Lunatic asylums in Bengal annual reports 1888-1898 - 1888-1898
Year: 1888
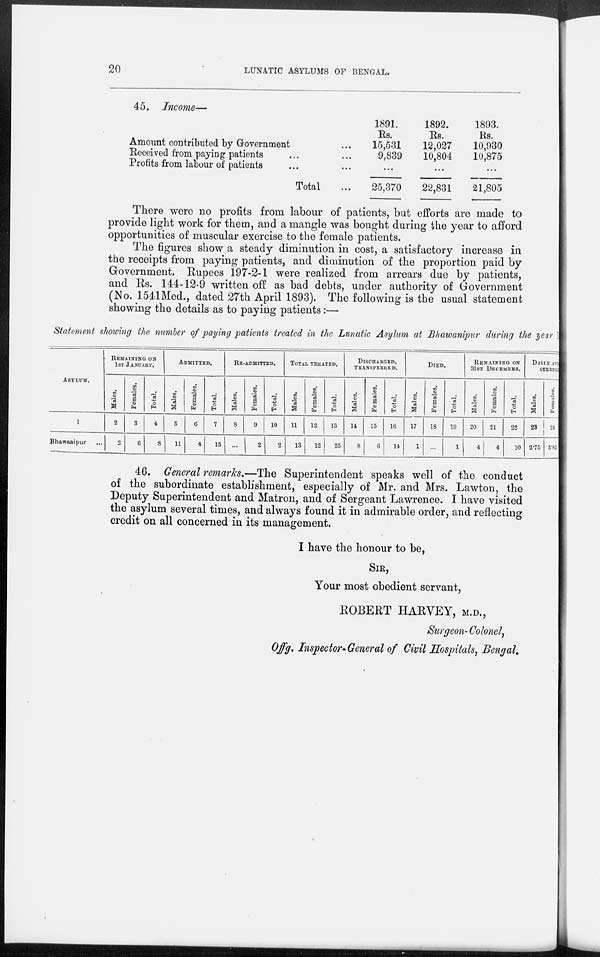
20
LUNATIC ASYLUMS OF BENGAL.
45. Income—
Amount contributed by Government ...
Received from paying patients ... ...
Profits from labour of patients ... ...
Total ...
1891.
Rs.
15,531
9,839
...
25,370
1892.
Rs.
12,027
10,804
...
22,831
1893.
Rs.
10,930
10,875
...
21,805
There were no profits from labour of patients, but efforts are made to
provide light work for them, and a mangle was bought during the year to afford
opportunities of muscular exercise to the female patients.
The figures show a steady diminution in cost, a satisfactory increase in
the receipts from paying patients, and diminution of the proportion paid by
Government. Rupees 197-2-1 were realized from arrears due by patients,
and Rs. 144-12-9 written off as bad debts, under authority of Government
(No. 1541Med., dated 27th April 1893). The following is the usual statement
showing the details as to paying patients:—
Statement showing the number of paying patients treated in the Lunatic Asylum at Bhawanipur during the year 1
ASYLUM.
1
Bhawanipur ...
REMAINING ON
1ST JANUARY.
Males.
2
2
Females.
3
6
Total.
4
8
ADMITTED.
Males.
5
11
Females.
6
4
Total.
7
15
RE-ADMITTED.
Males.
8
...
Females.
9
2
Total.
10
2
TOTAL TREATED.
Males.
11
13
Females.
12
12
Total.
13
25
DISCHARGED,
TRANSFERRED.
Males.
14
8
Females.
15
6
Total.
16
14
DIED.
Males.
17
1
Females.
18
...
Total.
19
1
REMAINING ON
31ST DECEMBER.
Males.
20
4
Females.
21
6
Total.
22
10
DAILY AVERAGE
STRENGTH.
Males.
23
2.75
Females.
24
5.83
46. General remarks.—The Superintendent speaks well of the conduct
of the subordinate establishment, especially of Mr. and Mrs. Lawton, the
Deputy Superintendent and Matron, and of Sergeant Lawrence. I have visited
the asylum several times, and always found it in admirable order, and reflecting
credit on all concerned in its management.
I have the honour to be,
SIR,
Your most obedient servant,
ROBERT HARVEY, M.D.,
Surgeon-Colonel,
Offg. Inspector- General of Civil Hospitals, Bengal.